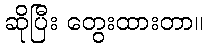
ဆိုပြီး တွေးထားတာ။